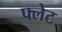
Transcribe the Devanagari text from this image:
फ्लेट